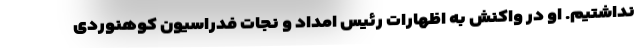
نداشتیم. او در واکنش به اظهارات رئیس امداد و نجات فدراسیون کوهنوردی